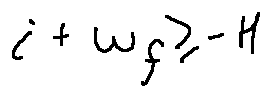
i + w _ { f } \geq - H